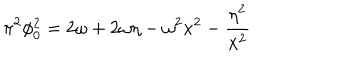
\pi ^ { 2 } \phi _ { 0 } ^ { 2 } = 2 \omega + 2 \omega \eta - \omega ^ { 2 } x ^ { 2 } - { \frac { \eta ^ { 2 } } { x ^ { 2 } } }